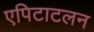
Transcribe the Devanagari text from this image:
एपिटाटलन